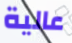
عالية